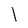
Character: l